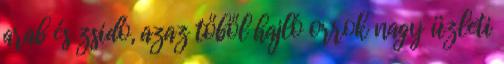
arab és zsidó, azaz tőből hajló orrok nagy üzleti